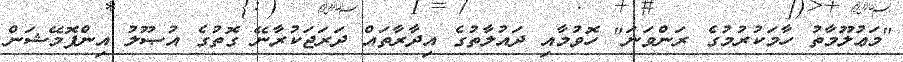
"މަޢުލޫމާތު ހާމަކުރުމުގެ ރަންވަނަ" ހޮވުމާއި ދައުލާތުގެ އިދާރާތައް ދަރަޖަކުރާނޭ ގޮތުގެ އުޞޫލު އިންފޮމޭޝަން